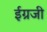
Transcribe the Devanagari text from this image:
ईग्रजी